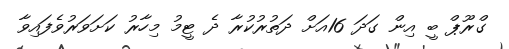
ގްރޫޕް ބީ އިން ގަދަ 16އަށް ދަތުރުކުރާ ދެ ޓީމު މިހާރު ކަށަވަރުވެފައިވާ